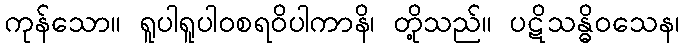
ကုန်သော။ ရူပါရူပါဝစရဝိပါကာနိ၊ တို့သည်။ ပဋိသန္ဓိဝသေန၊